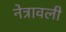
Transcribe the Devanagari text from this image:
नेत्रावली